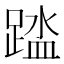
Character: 𫏘